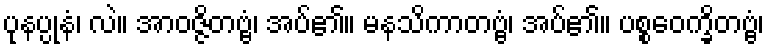
ပုနပ္ပုနံ၊ လဲ။ အာဝဇ္ဇိတဗ္ဗံ၊ အပ်၏။ မနသိကာတဗ္ဗံ၊ အပ်၏။ ပစ္စဝေက္ခိတဗ္ဗံ၊